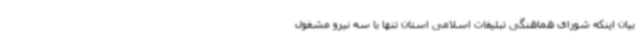
بیان اینکه شورای هماهنگی تبلیغات اسلامی استان تنها با سه نیرو مشغول